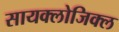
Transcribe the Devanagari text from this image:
सायक्लोजिक्ल